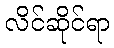
လိင်ဆိုင်ရာ